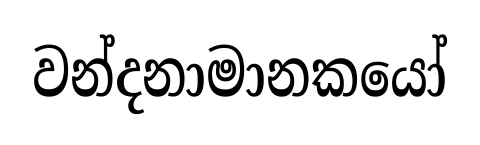
වන්දනාමානකයෝ